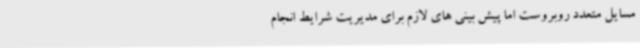
مسایل متعدد روبروست اما پیش بینی های لازم برای مدیریت شرایط انجام